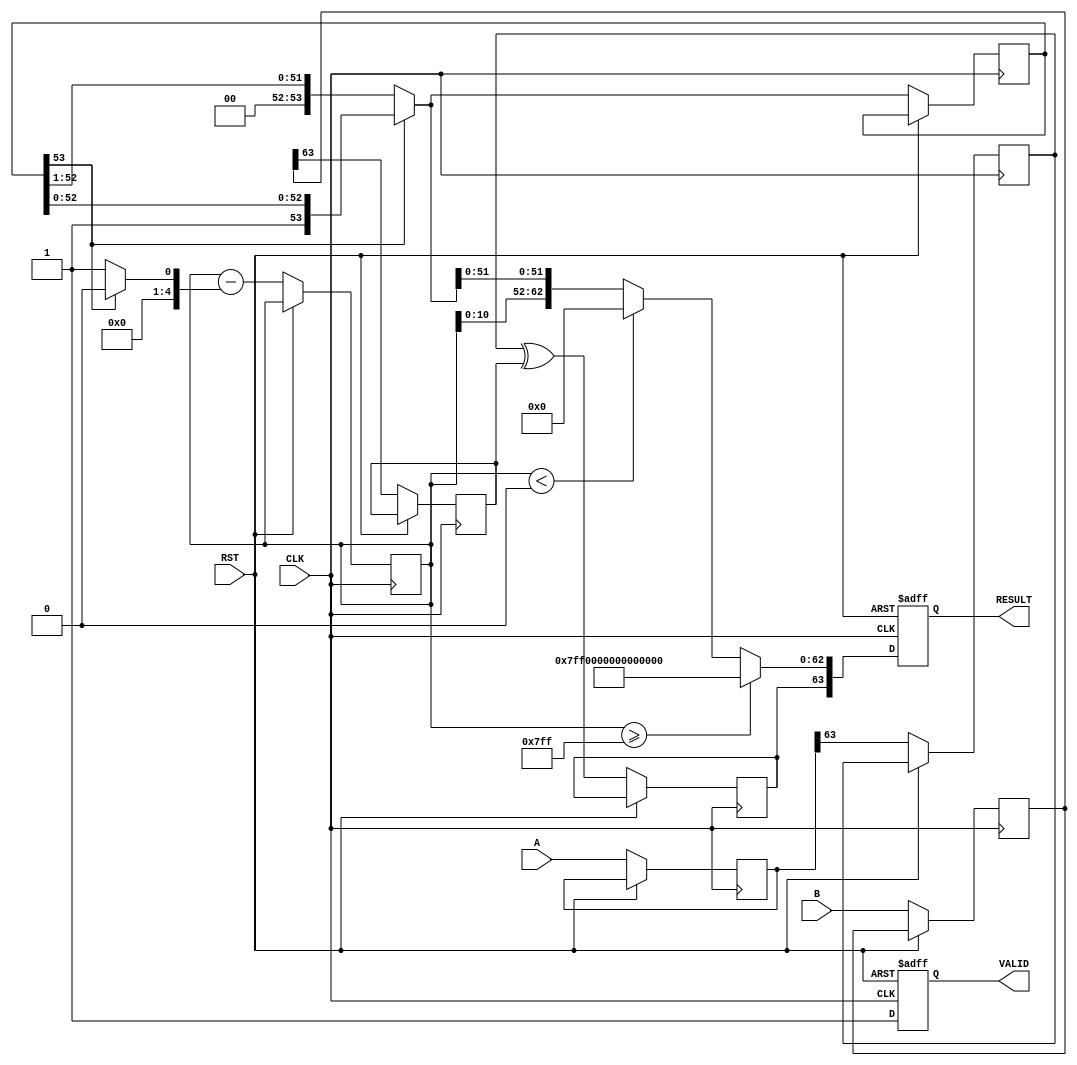
module FloatingPointMultiplier (
    input wire [63:0] A,         // Operand A (64-bits for double precision)
    input wire [63:0] B,         // Operand B (64-bits for double precision)
    input wire CLK,              // Clock signal
    input wire RST,              // Reset signal
    output reg [63:0] RESULT,    // Result (64-bits for double precision)
    output reg VALID              // Valid signal
);
    // Parameters for IEEE 754
    localparam EXPONENT_BITS = 11;       // Exponent bits for double precision
    localparam MANTISSA_BITS = 52;       // Mantissa bits for double precision
    localparam EXPONENT_BIAS = 1023;     // Bias for double precision

    reg [63:0] A_reg, B_reg;
    reg [63:0] mantissa_a, mantissa_b;
    reg [EXPONENT_BITS-1:0] exp_a, exp_b;
    reg sign_a, sign_b, sign_result;
    reg [MANTISSA_BITS+1:0] mantissa_result;  // Extra bit for normalization
    reg [EXPONENT_BITS:0] exponent_result;
    reg [4:0] exponent_adjustment;
    
    always @(posedge CLK or posedge RST) begin
        if (RST) begin
            RESULT <= 64'b0;
            VALID <= 1'b0;
        end else begin
            // Step 1: Load inputs
            A_reg <= A;
            B_reg <= B;

            // Step 2: Extract sign, exponent, and mantissa
            sign_a <= A_reg[63];
            exp_a <= A_reg[62:52] - EXPONENT_BIAS; // Adjust exponent by bias
            mantissa_a <= {1'b1, A_reg[51:0]}; // Add implicit leading bit

            sign_b <= B_reg[63];
            exp_b <= B_reg[62:52] - EXPONENT_BIAS; // Adjust exponent by bias
            mantissa_b <= {1'b1, B_reg[51:0]}; // Add implicit leading bit
            
            // Step 3: Perform mantissa multiplication
            mantissa_result <= mantissa_a * mantissa_b;

            // Step 4: Add exponents
            exponent_result <= exp_a + exp_b + EXPONENT_BIAS; // Add bias back

            // Step 5: Normalization
            if (mantissa_result[MANTISSA_BITS + 1]) begin
                // Normal case (1.xxxx)
                exponent_adjustment = 0;
            end else begin
                // Denormal case (shift right)
                mantissa_result = mantissa_result >> 1;
                exponent_adjustment = 1;
            end
            
            exponent_result <= exponent_result - exponent_adjustment;

            // Step 6: Determine sign of the result
            sign_result <= sign_a ^ sign_b;

            // Step 7: Assemble the result
            if (exponent_result >= (1 << EXPONENT_BITS) - 1) begin
                // Overflow case (Infinity)
                RESULT <= {sign_result, {EXPONENT_BITS{1'b1}}, {MANTISSA_BITS{1'b0}}};
                VALID <= 1'b1;
            end else if (exponent_result < 0) begin
                // Underflow case (zero)
                RESULT <= {sign_result, {EXPONENT_BITS{1'b0}}, {MANTISSA_BITS{1'b0}}};
                VALID <= 1'b1;
            end else begin
                RESULT <= {sign_result, exponent_result[EXPONENT_BITS-1:0], mantissa_result[MANTISSA_BITS-1:0]};
                VALID <= 1'b1;
            end
        end
    end
endmodule